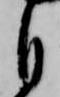
自